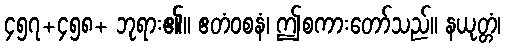
၄၅၇+၄၅၈+ ဘုရား၏။ ဧတံဝစနံ၊ ဤစကားတော်သည်။ နယုတ္တံ၊